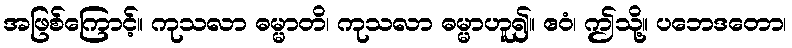
အဖြစ်ကြောင့်။ ကုသလာ ဓမ္မာတိ၊ ကုသလာ ဓမ္မာဟူ၍။ ဧဝံ၊ ဤသို့။ ပဘေဒတော၊